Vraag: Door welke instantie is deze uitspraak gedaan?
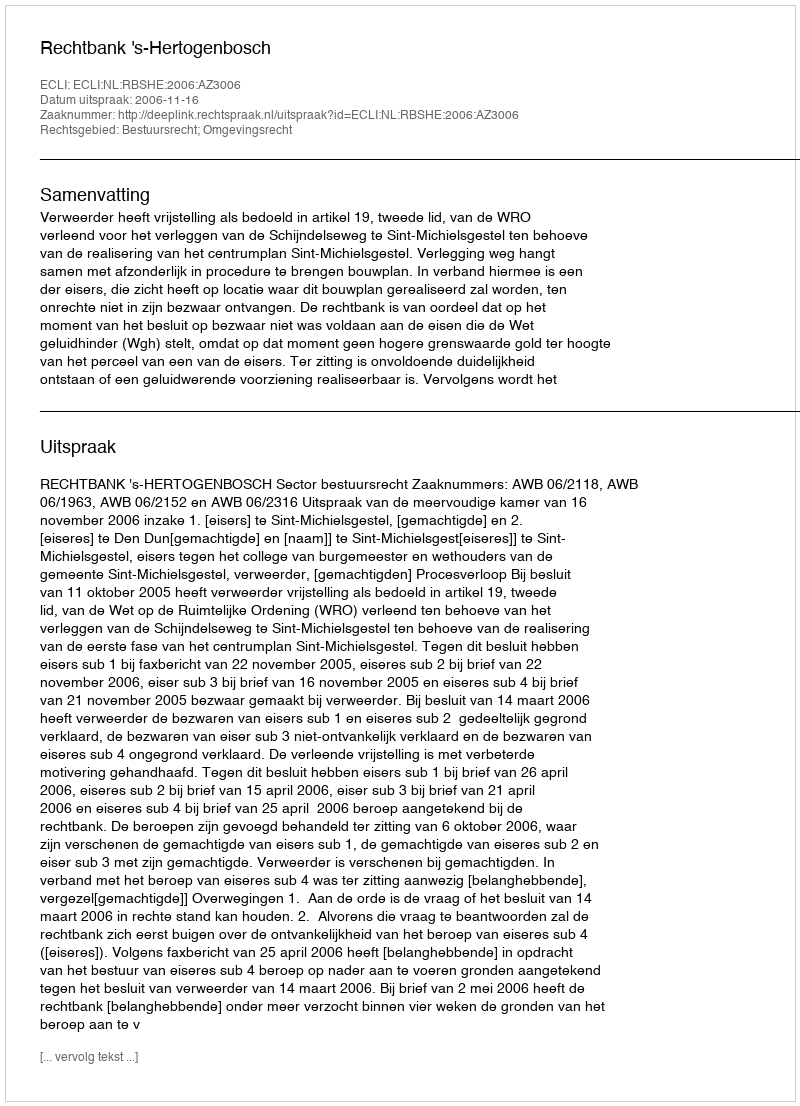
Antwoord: Rechtbank 's-Hertogenbosch